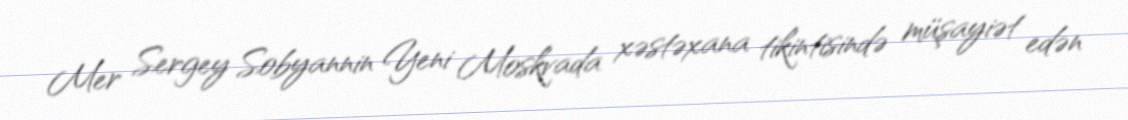
Mer Sergey Sobyannin Yeni Moskvada xəstəxana tikintisində müşayiət edən